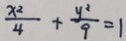
\frac { x ^ { 2 } } { 4 } + \frac { y ^ { 2 } } { 9 } = 1